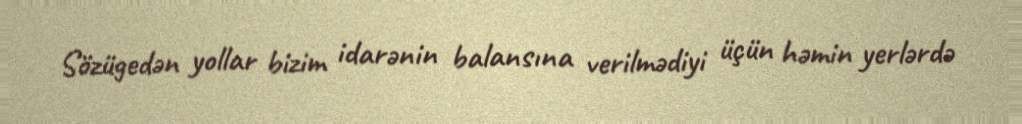
Sözügedən yollar bizim idarənin balansına verilmədiyi üçün həmin yerlərdə